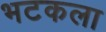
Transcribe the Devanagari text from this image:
भटकला